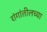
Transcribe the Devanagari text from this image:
रांगांतीलच्या